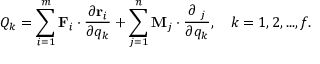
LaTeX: Q _ { k } = \sum _ { i = 1 } ^ { m } \mathbf { F } _ { i } \cdot { \frac { \partial \mathbf { r } _ { i } } { \partial q _ { k } } } + \sum _ { j = 1 } ^ { n } \mathbf { M } _ { j } \cdot { \frac { \partial \mathbf { \phi } _ { j } } { \partial q _ { k } } } , \quad k = 1 , 2 , . . . , f .